Lunatic asylums Bombay report 1891-1903 - 1891-1903
Year: 1891
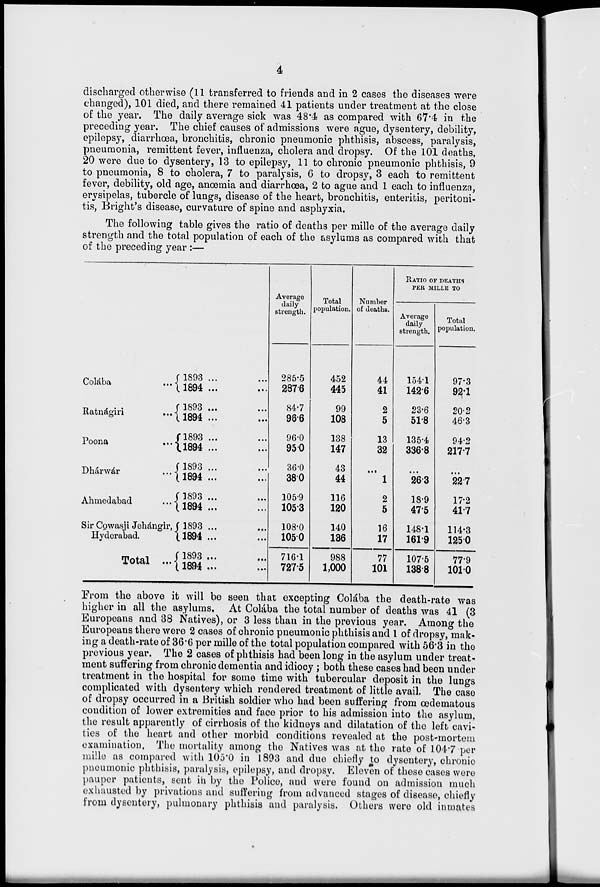
4
discharged otherwise (11 transferred to friends and in 2 cases the diseases were
changed), 101 died, and there remained 41 patients under treatment at the close
of the year. The daily average sick was 48.4 as compared with 67.4 in the
preceding year. The chief causes of admissions were ague, dysentery, debility,
epilepsy, diarrhoea, bronchitis, chronic pneumonic phthisis, abscess, paralysis,
pneumonia, remittent fever, influenza, cholera and dropsy. Of the 101 deaths,
20 were due to dysentery, 13 to epilepsy, 11 to chronic pneumonic phthisis, 9
to pneumonia, 8 to cholera, 7 to paralysis, 6 to dropsy, 3 each to remittent
fever, debility, old age, anœmia and diarrhoea, 2 to ague and 1 each to influenza,
erysipelas, tubercle of lungs, disease of the heart, bronchitis, enteritis, peritoni-
tis, Bright's disease, curvature of spine and asphyxia.
The following table gives the ratio of deaths per mille of the average daily
strength and the total population of each of the asylums as compared with that
of the preceding year :—
Colába
...
Ratnágiri
...
Poona
...
Dhárwár ...
Ahmedabad ...
Sir Cowasji Jehángir,
Hyderabad.
Total ...
1893 ... ...
1894 ... ...
1893
...
...
1894 ... ...
1893 ... ...
1894 ... ...
1893 ...
...
1894 ... ...
1893 ...
...
1894 ... ...
1893 ... ...
1894 ... ...
1893 ... ...
1894 ... ...
Average
daily
strength.
285.5
287.6
84.7
96.6
96.0
95.0
36.0
38.0
105.9
105.3
108.0
105.0
716.1
727.5
Total
population.
452
445
99
108
138
147
43
44
116
120
140
136
988
1,000
Number
of deaths.
44
41
2
5
13
32
...
1
2
5
16
17
77
101
RATIO OF DEATHS
PER MILLE TO
Average
daily-
strength.
154.1
142.6
23.6
51.8
135.4
336.8
...
26.3
18.9
47.5
148.1
161.9
107.5
138.8
Total
population.
97.3
92.1
20.2
46.3
94.2
217.7
...
22.7
17.2
41.7
114.3
125.0
77.9
101.0
From the above it will be seen that excepting Colába the death-rate was
higher in all the asylums. At Colába the total number of deaths was 41 (3
Europeans and 38 Natives), or 3 less than in the previous year. Among the
Europeans there were 2 cases of chronic pneumonic phthisis and 1 of dropsy, mak-
ing a death-rate of 36.6 per mille of the total population compared with 56.3 in the
previous year. The 2 cases of phthisis had been long in the asylum under treat-
ment suffering from chronic dementia and idiocy ; both these cases had been under
treatment in the hospital for some time with tubercular deposit in the lungs
complicated with dysentery which rendered treatment of little avail. The case
of dropsy occurred in a British soldier who had been suffering from œdematous
condition of lower extremities and face prior to his admission into the asylum,
the result apparently of cirrhosis of the kidneys and dilatation of the left cavi-
ties of the heart and other morbid conditions revealed at the post-mortem
examination. The mortality among the Natives was at the rate of 104.7 per
mille as compared with 105.0 in 1893 and due chiefly to dysentery, chronic
pneumonic phthisis, paralysis, epilepsy, and dropsy. Eleven of these cases were
pauper patients, sent in by the Police, and were found on admission much
exhausted by privations and suffering from advanced stages of disease, chiefly
from dysentery, pulmonary phthisis and paralysis. Others were old inmates